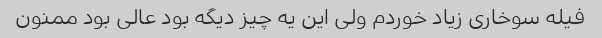
فیله سوخاری زیاد خوردم ولی این یه چیز دیگه بود عالی بود ممنون